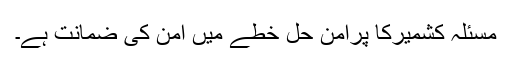
مسئلہ کشمیرکا پرامن حل خطے میں امن کی ضمانت ہے۔